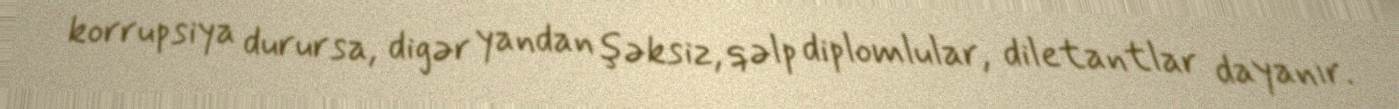
korrupsiya durursa, digər yandan şəksiz, qəlp diplomlular, diletantlar dayanır.